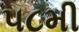
૫૮મી